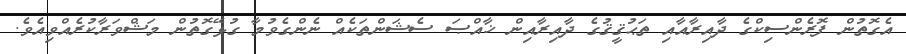
އެގޮތުން ފޮރެންސިކްގެ ދާއިރާއާއި ތަޙުޤީޤުގެ ދާއިރާއިން ޚާއްޞަ ސެޝަންތަކެއް ނެންގެވުމާ ގުޅޭގޮތުން މަޝްވަރާކުރެއްވިއެވެ.